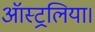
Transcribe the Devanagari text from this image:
ऑस्ट्रलिया।